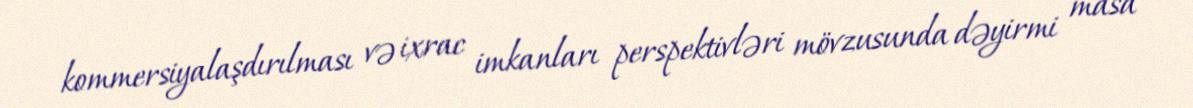
kommersiyalaşdırılması və ixrac imkanları perspektivləri mövzusunda dəyirmi masa